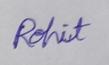
Signature authenticity: genuine